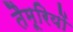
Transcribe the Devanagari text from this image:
तैमूरियों